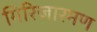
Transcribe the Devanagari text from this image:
गिरिजारमण